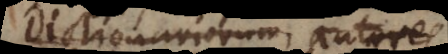
Dictionariorum, autores